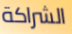
الشراكة